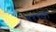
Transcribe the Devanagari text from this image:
११९वा